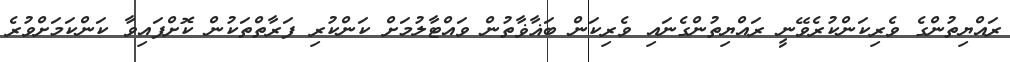
ރައްޔިތުންގެ ވެރިކަންކުރެވޭނީ ރައްޔިތުންގެނައި ވެރިކަން ބަޣާޥާތުން ވައްޓާލުމަށް ކަންކުރި ފަރާތްތަކުން ކޮށްފައިވާ ކަންކަމަށްވުރެ